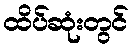
ထိပ်ဆုံးတွင်